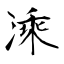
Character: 溗